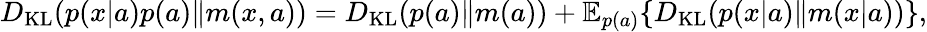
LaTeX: D_{\mathrm{KL}}(p(x|a)p(a)\| m(x,a))=D_{\mathrm{KL}}(p(a)\| m(a))+\mathbb{E}_{p(a)}\{ D_{\mathrm{KL}}(p(x|a)\| m(x|a))\} ,